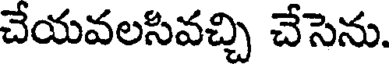
చేయవలసివచ్చి చేసెను.